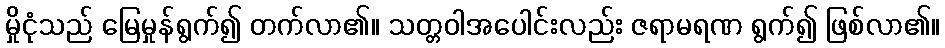
မှိုငုံသည် မြေမှုန်ရွက်၍ တက်လာ၏။ သတ္တဝါအပေါင်းလည်း ဇရာမရဏ ရွက်၍ ဖြစ်လာ၏။